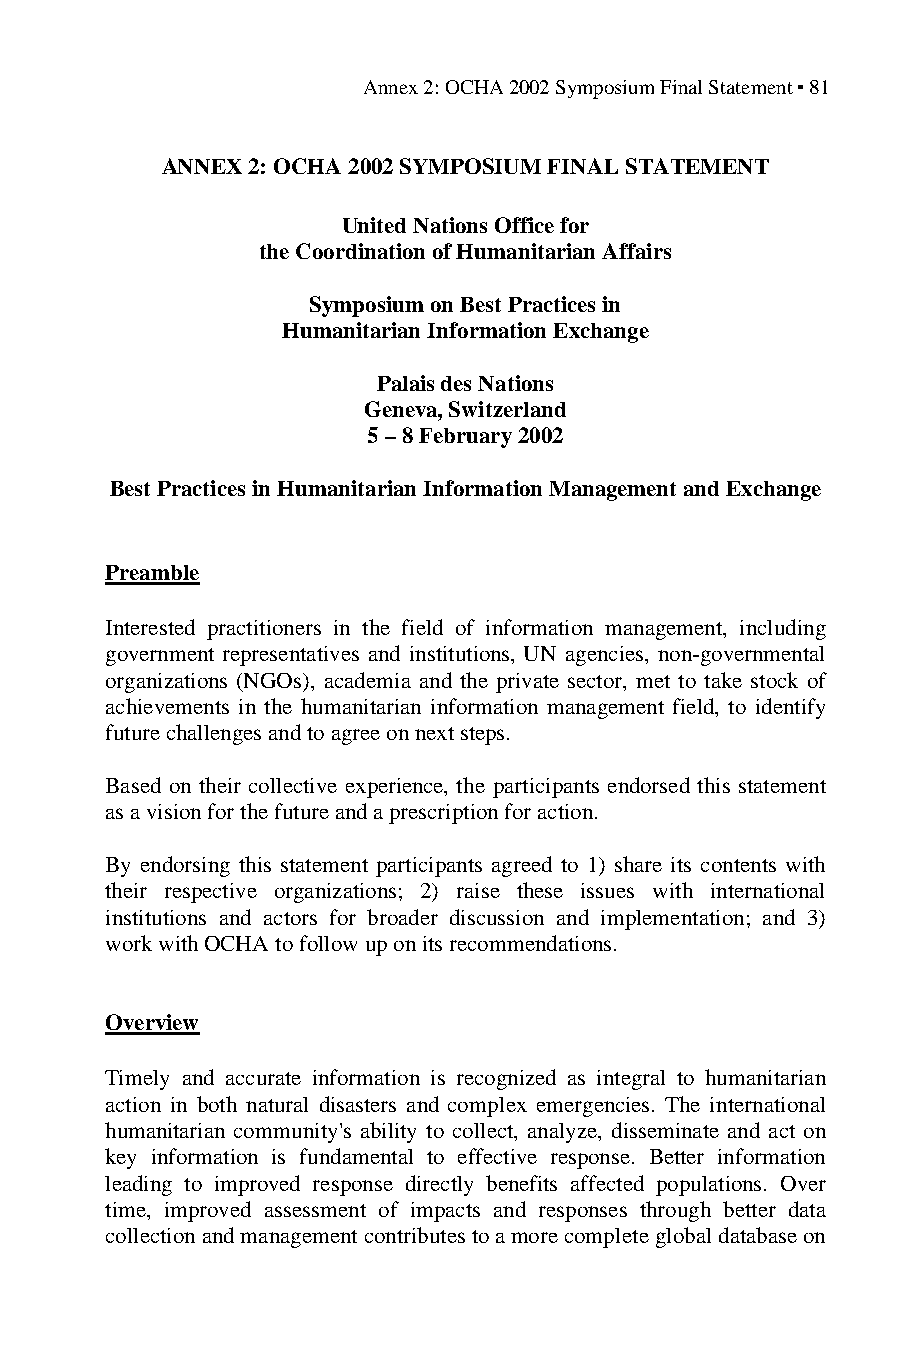
Annex 2: OCHA 2002 Symposium Final Statement ▪ 81
 ANNEX 2: OCHA 2002 SYMPOSIUM FINAL STATEMENT
 United Nations Office for
 the Coordination of Humanitarian Affairs
 Symposium on Best Practices in
 Humanitarian Information Exchange
 Palais des Nations
 Geneva, Switzerland
 5 – 8 February 2002
 Best Practices in Humanitarian Information Management and Exchange
 Preamble
 Interested practitioners in the field of information management, including
 government representatives and institutions, UN agencies, non-governmental
 organizations (NGOs), academia and the private sector, met to take stock of
 achievements in the humanitarian information management field, to identify
 future challenges and to agree on next steps.
 Based on their collective experience, the participants endorsed this statement
 as a vision for the future and a prescription for action.
 By endorsing this statement participants agreed to 1) share its contents with
 their respective organizations; 2) raise these issues with international
 institutions and actors for broader discussion and implementation; and 3)
 work with OCHA to follow up on its recommendations.
 Overview
 Timely and accurate information is recognized as integral to humanitarian
 action in both natural disasters and complex emergencies. The international
 humanitarian community's ability to collect, analyze, disseminate and act on
 key information is fundamental to effective response. Better information
 leading to improved response directly benefits affected populations. Over
 time, improved assessment of impacts and responses through better data
 collection and management contributes to a more complete global database on